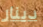
دينار